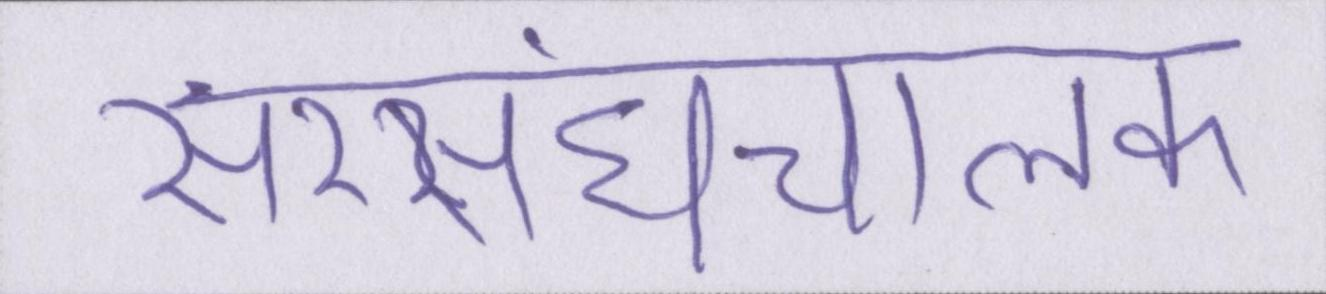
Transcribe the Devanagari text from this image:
सरसंघचालक